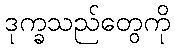
ဒုက္ခသည်တွေကို